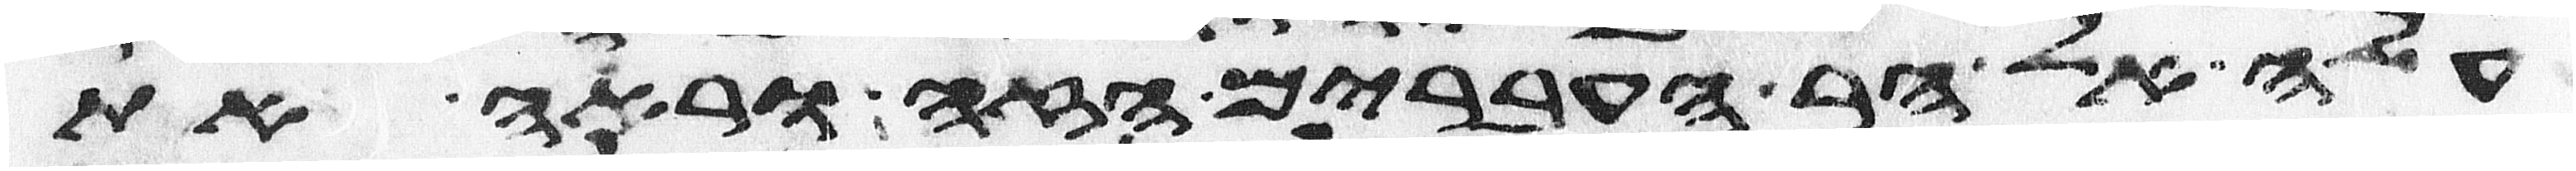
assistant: עלה אל הר העברים הזה וראה את